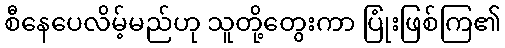
စီနေပေလိမ့်မည်ဟု သူတို့တွေးကာ ပြုံးဖြစ်ကြ၏